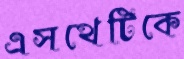
এসথেটিকে